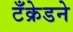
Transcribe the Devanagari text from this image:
टँक्रेडने